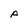
Character: A